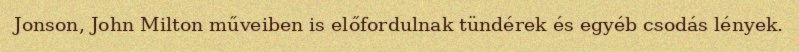
Jonson, John Milton műveiben is előfordulnak tündérek és egyéb csodás lények.